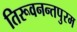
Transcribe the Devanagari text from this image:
तिरूवनन्तपुरम